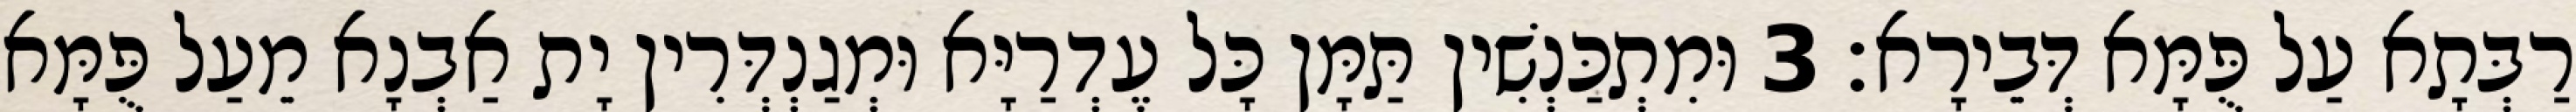
רַבְּתָא עַל פֻּמָּא דְּבֵירָא׃ 3 וּמִתְכַּנְשִׁין תַּמָּן כָּל עֶדְרַיָּא וּמְגַנְדְּרִין יָת אַבְנָא מֵעַל פֻּמָּא